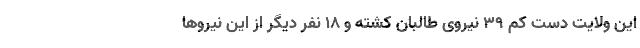
این ولایت دست کم ۳۹ نیروی طالبان کشته و ۱۸ نفر دیگر از این نیروها